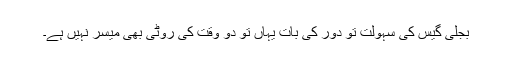
بجلی گیس کی سہولت تو دور کی بات یہاں تو دو وقت کی روٹی بھی میسر نہیں ہے۔